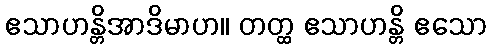
ဧသာဟန္တိအာဒိမာဟ။ တတ္ထ ဧသာဟန္တိ ဧသော